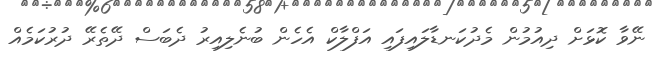
ނޭވާ ކޮޅަށް ދިއުމުން މެދުކަނޑާލައިފައި އަފްލާކް އެހެން ބުނެލިއިރު ދެބަސް ދޭތެރޭ ދުރުކަމެއް